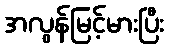
အလွန်မြင့်မားပြီး